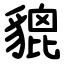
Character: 貔